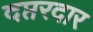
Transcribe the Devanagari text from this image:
दप्तरदार